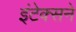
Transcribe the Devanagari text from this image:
इंटेक्सने